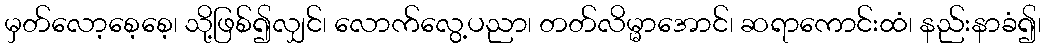
မှတ်လော့စေ့စေ့၊ သို့ဖြစ်၍လျှင်၊ လောက်လွေ့ပညာ၊ တတ်လိမ္မာအောင်၊ ဆရာကောင်းထံ၊ နည်းနာခံ၍၊